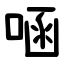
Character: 㖤